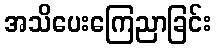
အသိပေးကြေညာခြင်း